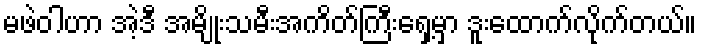
မဖဲဝါဟာ အဲ့ဒီ အမျိုးသမီးအကိတ်ကြီးရှေ့မှာ ဒူးထောက်လိုက်တယ်။